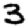
Digit: 3